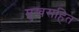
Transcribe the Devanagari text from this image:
मुखसहित